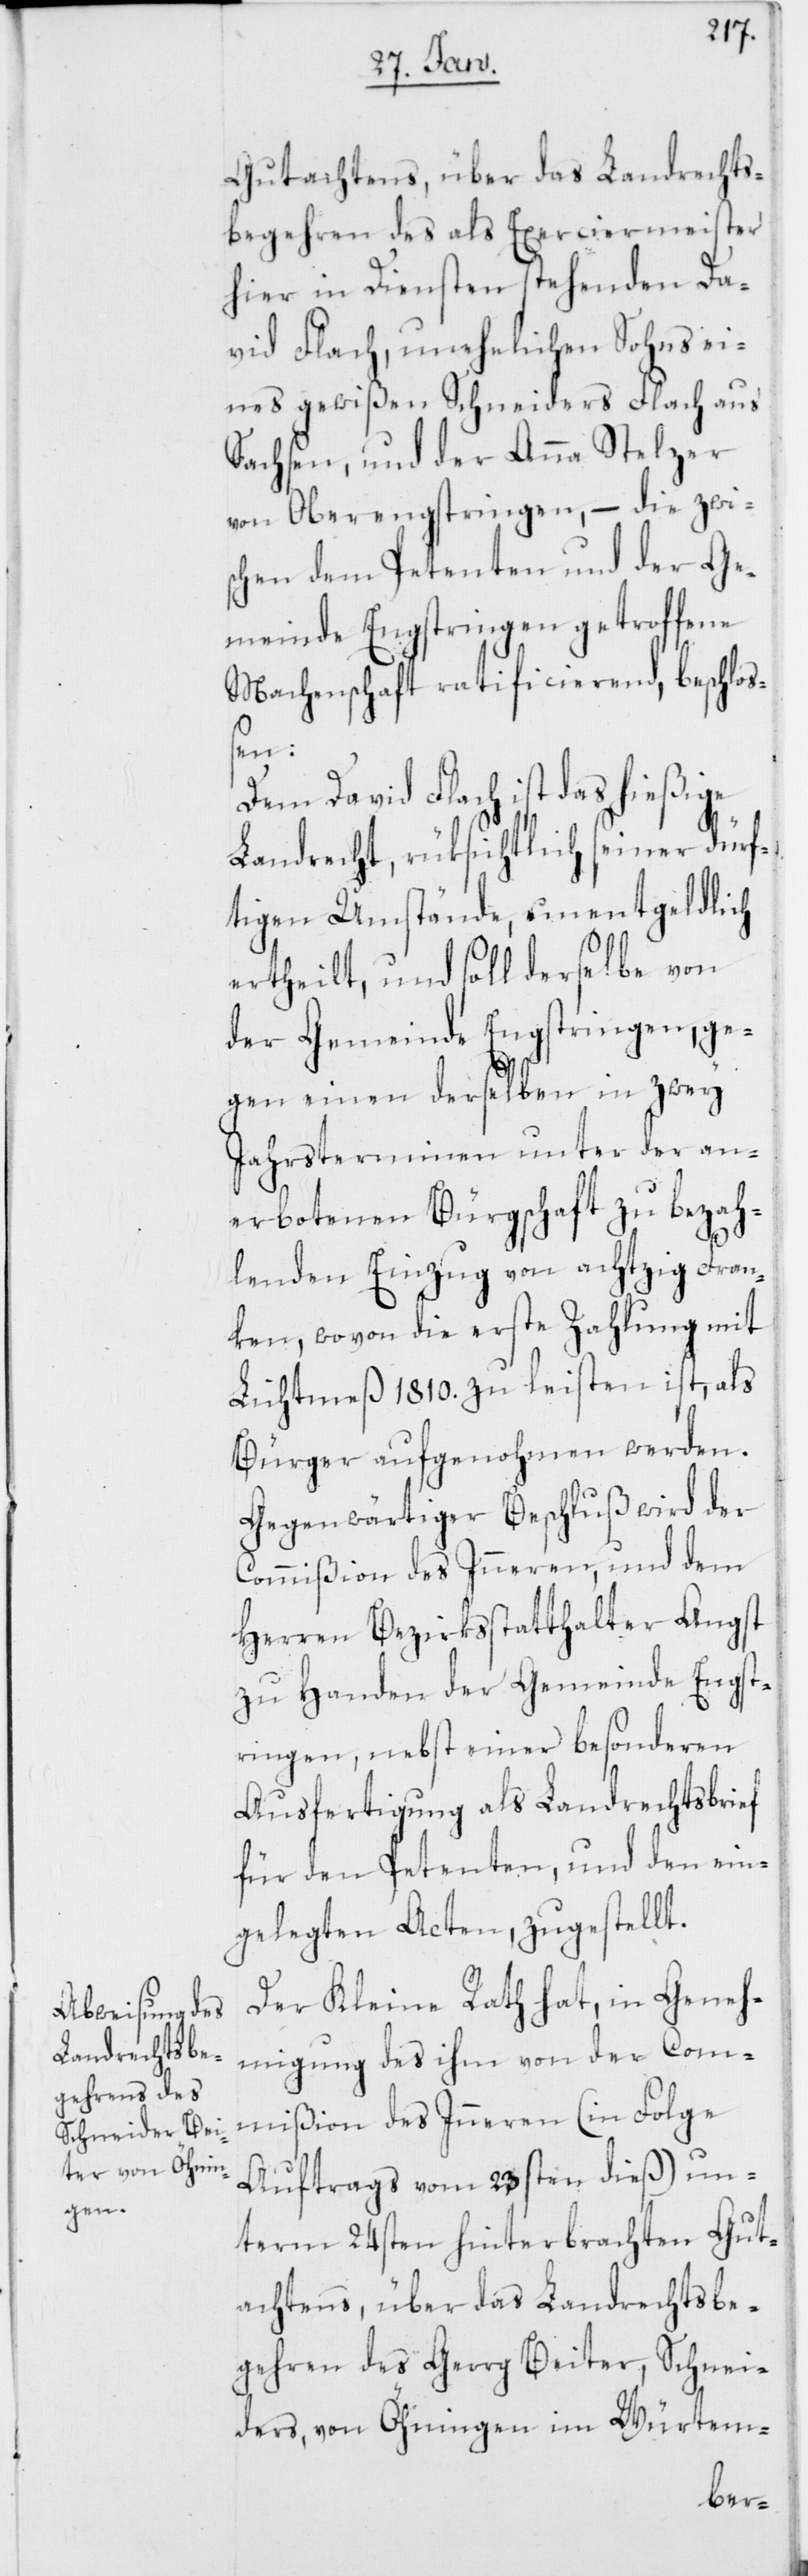
Gutachtens, über das Landrechts¬
begehren des als Exerciermeister
hier in Diensten stehenden Da¬
vid Flach, unehelichen Sohns ei¬
nes gewißen Schneiders Flach aus
Sachsen, und der Anna Stelzer
von Oberengstringen, – die zwi¬
schen dem Petenten und der Ge¬
meinde Engstringen getroffene
Machenschaft ratificierend, beschloß¬
en:
Dem David Flach ist das hießige
Landrecht, rüksichtlich seiner dürf¬
tigen Umstände, unentgeldlich
ertheilt, und soll derselbe von
der Gemeinde Engstringen, ge¬
gen einen derselben in zwey
Jahrsterminen unter der an¬
erbotenen Bürgschaft zu bezah¬
lenden Einzug von achtzig Fran¬
ken, wovon die erste Zahlung mit
Lichtmeß 1810. zu leisten ist, als
Bürger aufgenohmen werden.
Gegenwärtiger Beschluß wird der
Commißion des Inneren, und dem
Herren Bezirksstatthalter Angst
zu Handen der Gemeinde Engst¬
ringen, nebst einer besonderen
Ausfertigung als Landrechtsbrief
für den Petenten, und den ein¬
gelegten Acten, zugestellt.
Der Kleine Rath hat, in Geneh¬
migung des ihm von der Com¬
mißion des Inneren (in Folge
Auftrags vom 23sten dieß) un¬
term 24sten hinterbrachten Gut¬
achtens, über das Landrechtsbe¬
gehren des Georg Beiter, Schnei¬
ders, von Öhningen im Würtem-